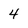
Character: 4